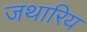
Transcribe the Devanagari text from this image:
जथारिय